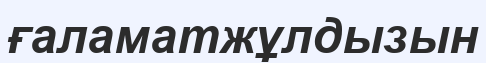
ғаламатжұлдызын